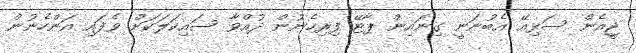
ޖީއެން ސަޅިއޭ އެބުނަނީ ގިނައިން ޕާޓޭ ފިރިހެނުން ދުއްވާ ސައިކަލަކަށް ވެފައި އަންހެނުން